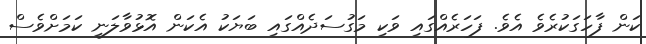
ކަން ފާހަގަކުރެވެ އެވެ. ފަހަރެއްގައި ވަކި މަގުސަދެއްގައި ބަޔަކު އެކަން އޮޅުވާލަނީ ކަމަށްވެސް